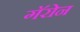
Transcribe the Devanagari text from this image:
गॅरोन